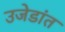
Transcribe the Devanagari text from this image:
उजेडांत